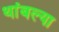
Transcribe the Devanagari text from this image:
थांबल्या